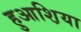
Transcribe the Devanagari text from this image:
हुआश़िया